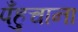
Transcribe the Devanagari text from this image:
पँहुचाना